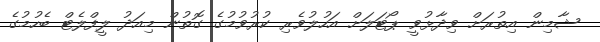
ޝާމިން އިތުރަށް ވިދާޅުވީ ޕޯޓަލަށް އަހުލުވެރި ކުރުވުމުގެ ގޮތުން މިއަދު ލީފްލެޓް ބެހުމުގެ